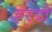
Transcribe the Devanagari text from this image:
हरदो